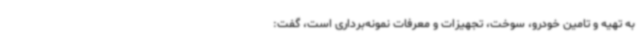
به تهیه و تامین خودرو، سوخت، تجهیزات و معرفات نمونه‌برداری است، گفت: